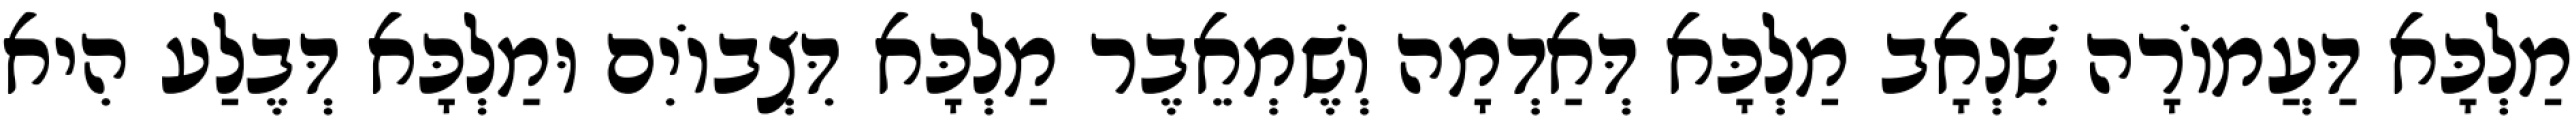
מַלְכָּא דַּעֲמוֹרָה שִׁנְאָב מַלְכָּא דְּאַדְמָה וְשֶׁמְאֵבֶר מַלְכָּא דִּצְבוֹיִם וּמַלְכָּא דְּבֶלַע הִיא